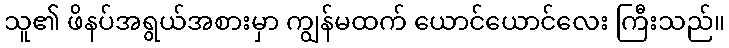
သူ၏ ဖိနပ်အရွယ်အစားမှာ ကျွန်မထက် ယောင်ယောင်လေး ကြီးသည်။